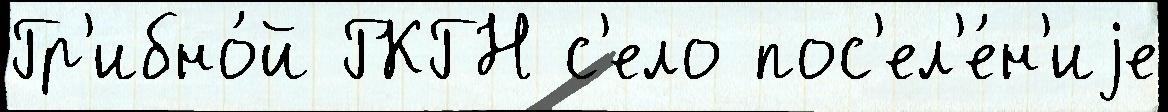
Гр'ибно́й ГКГН с'ело пос'ел'е́н'иjе